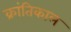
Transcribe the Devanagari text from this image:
क्रांतिकाल